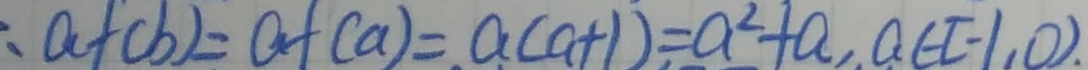
: a + ( b ) = a + ( a ) = a + ( a + 1 ) = a ^ { 2 } + a , a ( - E 1 , 0 ) .